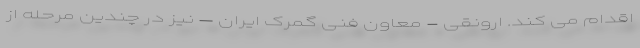
اقدام می کند. ارونقی - معاون فنی گمرک ایران – نیز در چندین مرحله از